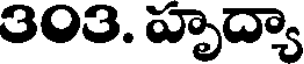
303. హృద్యా